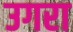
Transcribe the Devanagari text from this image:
उगरा